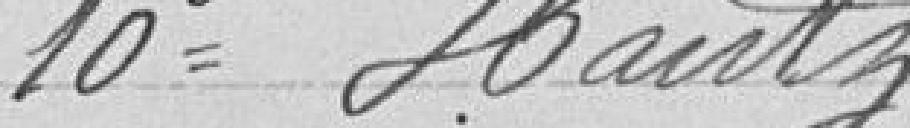
10° Hantz